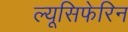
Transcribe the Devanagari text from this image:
ल्यूसिफेरिन